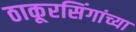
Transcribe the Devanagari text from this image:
ठाकूरसिंगांच्या